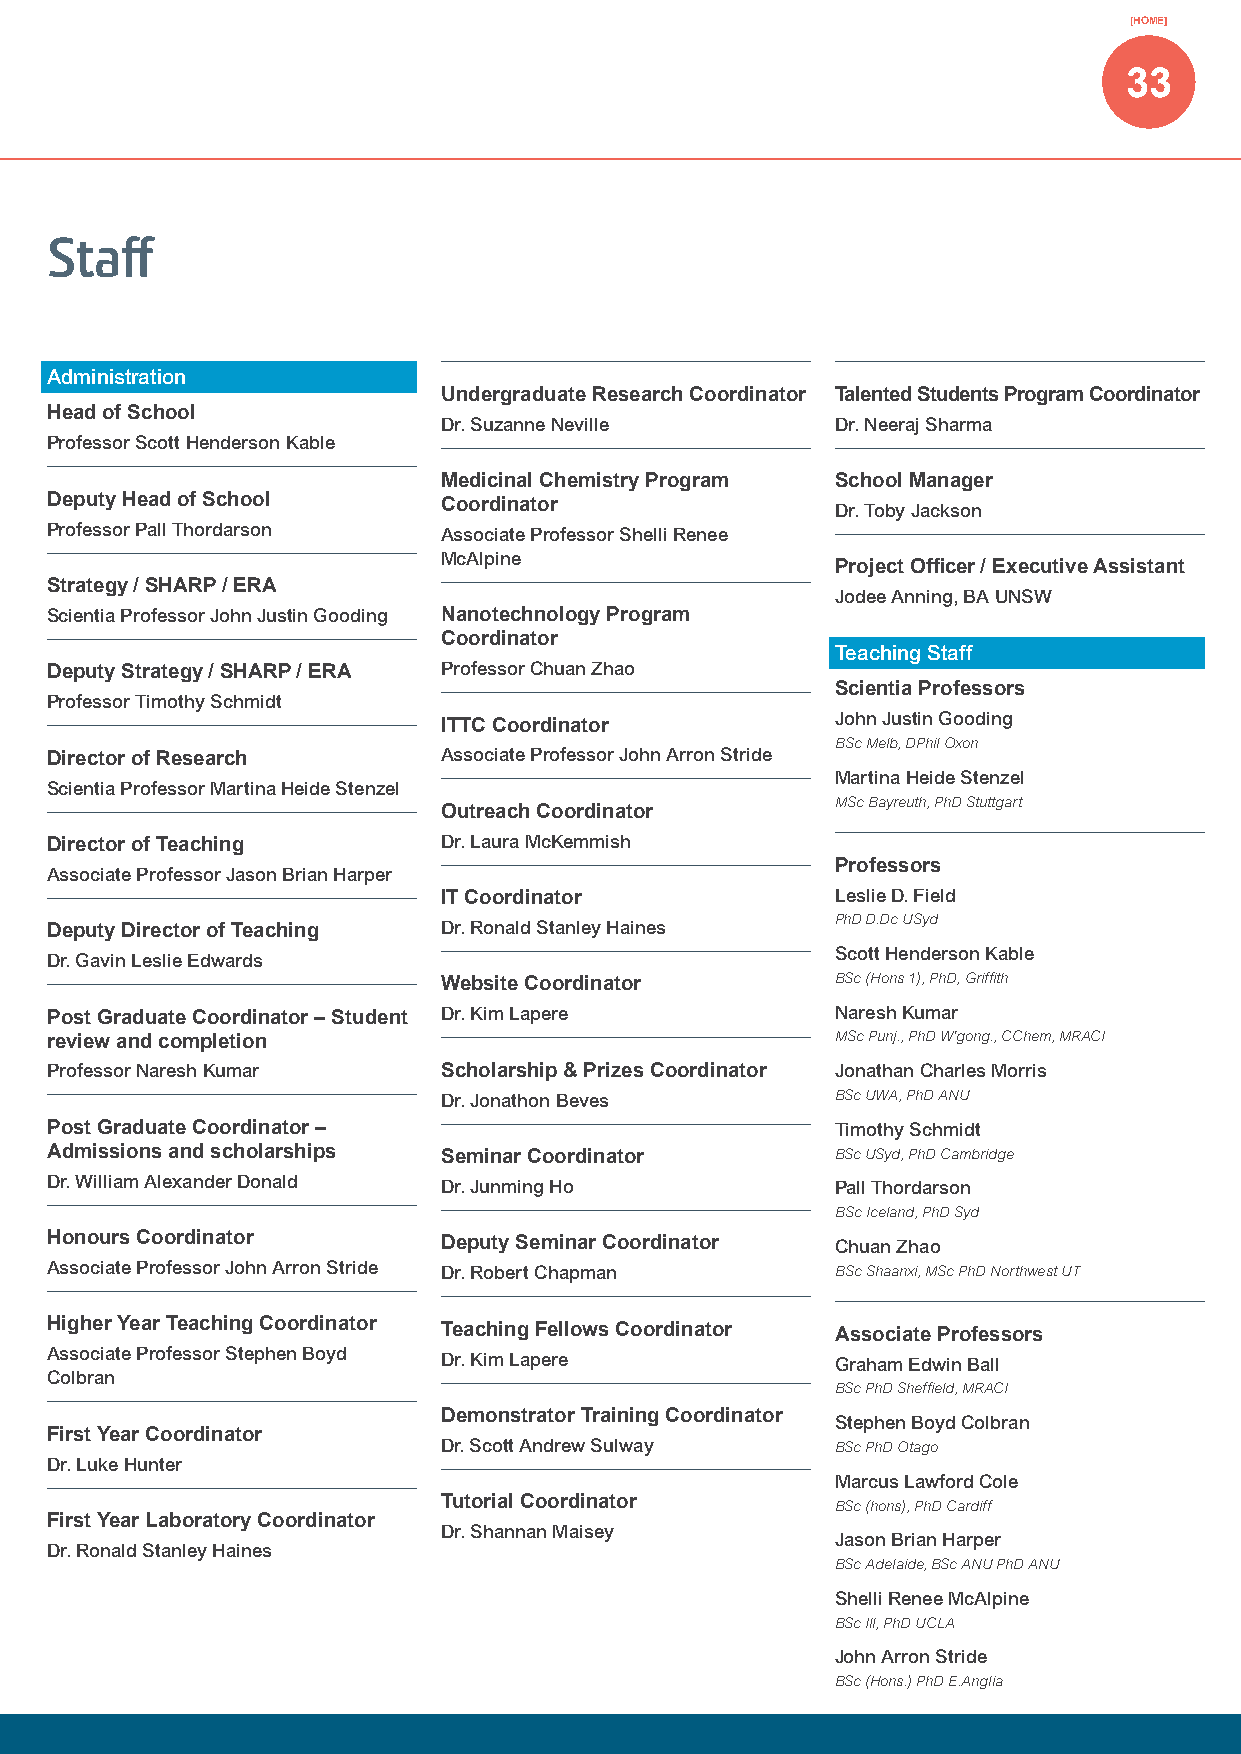
[HOME]
 33
 Staff
 Administration
 Undergraduate Research Coordinator Talented Students Program Coordinator
 Head of School
 Dr. Suzanne Neville       Dr. Neeraj Sharma
 Professor Scott Henderson Kable
 Medicinal Chemistry Program School Manager
 Deputy Head of School     Coordinator
 Dr. Toby Jackson
 Professor Pall Thordarson Associate Professor Shelli Renee
 McAlpine
 Project Officer / Executive Assistant
 Strategy / SHARP / ERA
 Jodee Anning, BA UNSW
 Scientia Professor John Justin Gooding Nanotechnology Program
 Coordinator
 Teaching Staff
 Deputy Strategy / SHARP / ERA Professor Chuan Zhao
 Scientia Professors
 Professor Timothy Schmidt
 ITTC Coordinator          John Justin Gooding
 BSc Melb, DPhil Oxon
 Director of Research      Associate Professor John Arron Stride
 Martina Heide Stenzel
 Scientia Professor Martina Heide Stenzel
 MSc Bayreuth, PhD Stuttgart
 Outreach Coordinator
 Director of Teaching      Dr. Laura McKemmish
 Professors
 Associate Professor Jason Brian Harper
 IT Coordinator            Leslie D. Field
 PhD D.Dc USyd
 Deputy Director of Teaching Dr. Ronald Stanley Haines
 Scott Henderson Kable
 Dr. Gavin Leslie Edwards
 Website Coordinator       BSc (Hons 1), PhD, Griffith
 Post Graduate Coordinator – Student Dr. Kim Lapere  Naresh Kumar
 review and completion                               MSc Punj., PhD W’gong., CChem, MRACI
 Professor Naresh Kumar    Scholarship & Prizes Coordinator Jonathan Charles Morris
 Dr. Jonathon Beves        BSc UWA, PhD ANU
 Post Graduate Coordinator –                         Timothy Schmidt
 Admissions and scholarships Seminar Coordinator     BSc USyd, PhD Cambridge
 Dr. William Alexander Donald Dr. Junming Ho         Pall Thordarson
 BSc Iceland, PhD Syd
 Honours Coordinator       Deputy Seminar Coordinator Chuan Zhao
 Associate Professor John Arron Stride Dr. Robert Chapman BSc Shaanxi, MSc PhD Northwest UT
 Higher Year Teaching Coordinator Teaching Fellows Coordinator Associate Professors
 Associate Professor Stephen Boyd Dr. Kim Lapere     Graham Edwin Ball
 Colbran
 BSc PhD Sheffield, MRACI
 Demonstrator Training Coordinator
 Stephen Boyd Colbran
 First Year Coordinator
 Dr. Scott Andrew Sulway   BSc PhD Otago
 Dr. Luke Hunter
 Marcus Lawford Cole
 Tutorial Coordinator
 BSc (hons), PhD Cardiff
 First Year Laboratory Coordinator
 Dr. Shannan Maisey
 Jason Brian Harper
 Dr. Ronald Stanley Haines
 BSc Adelaide, BSc ANU PhD ANU
 Shelli Renee McAlpine
 BSc Ill, PhD UCLA
 John Arron Stride
 BSc (Hons.) PhD E.Anglia